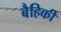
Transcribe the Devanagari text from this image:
बैहिकी